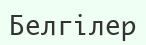
Белгілер